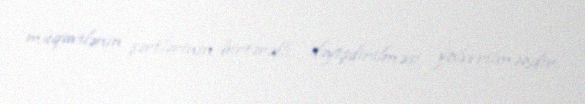
müqavilənin şərtlərinin birtərəfli dəyişdirilməsi yolverilməzdir.